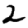
Digit: 2